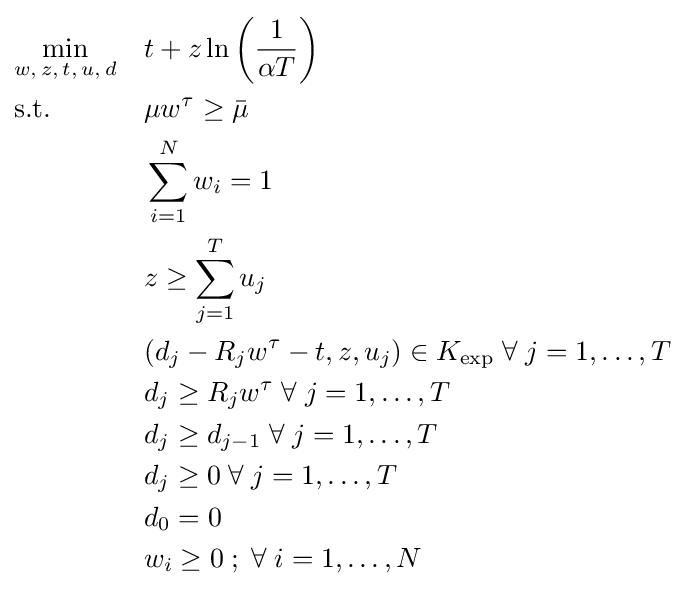
{\begin{aligned}&{\underset {w,\,z,\,t,\,u,\,d}{\text{min}}}&&t+z\ln \left({\frac {1}{\alpha T}}\right)\\&{\text{s.t.}}&&\mu w^{\tau }\geq {\bar {\mu }}\\&&&\sum _{i=1}^{N}w_{i}=1\\&&&z\geq \sum _{j=1}^{T}u_{j}\\&&&(d_{j}-R_{j}w^{\tau }-t,z,u_{j})\in K_{\text{exp}}\;\forall \;j=1,\ldots ,T\\&&&d_{j}\geq R_{j}w^{\tau }\;\forall \;j=1,\ldots ,T\\&&&d_{j}\geq d_{j-1}\;\forall \;j=1,\ldots ,T\\&&&d_{j}\geq 0\;\forall \;j=1,\ldots ,T\\&&&d_{0}=0\\&&&w_{i}\geq 0\;;\;\forall \;i=1,\ldots ,N\\\end{aligned}}